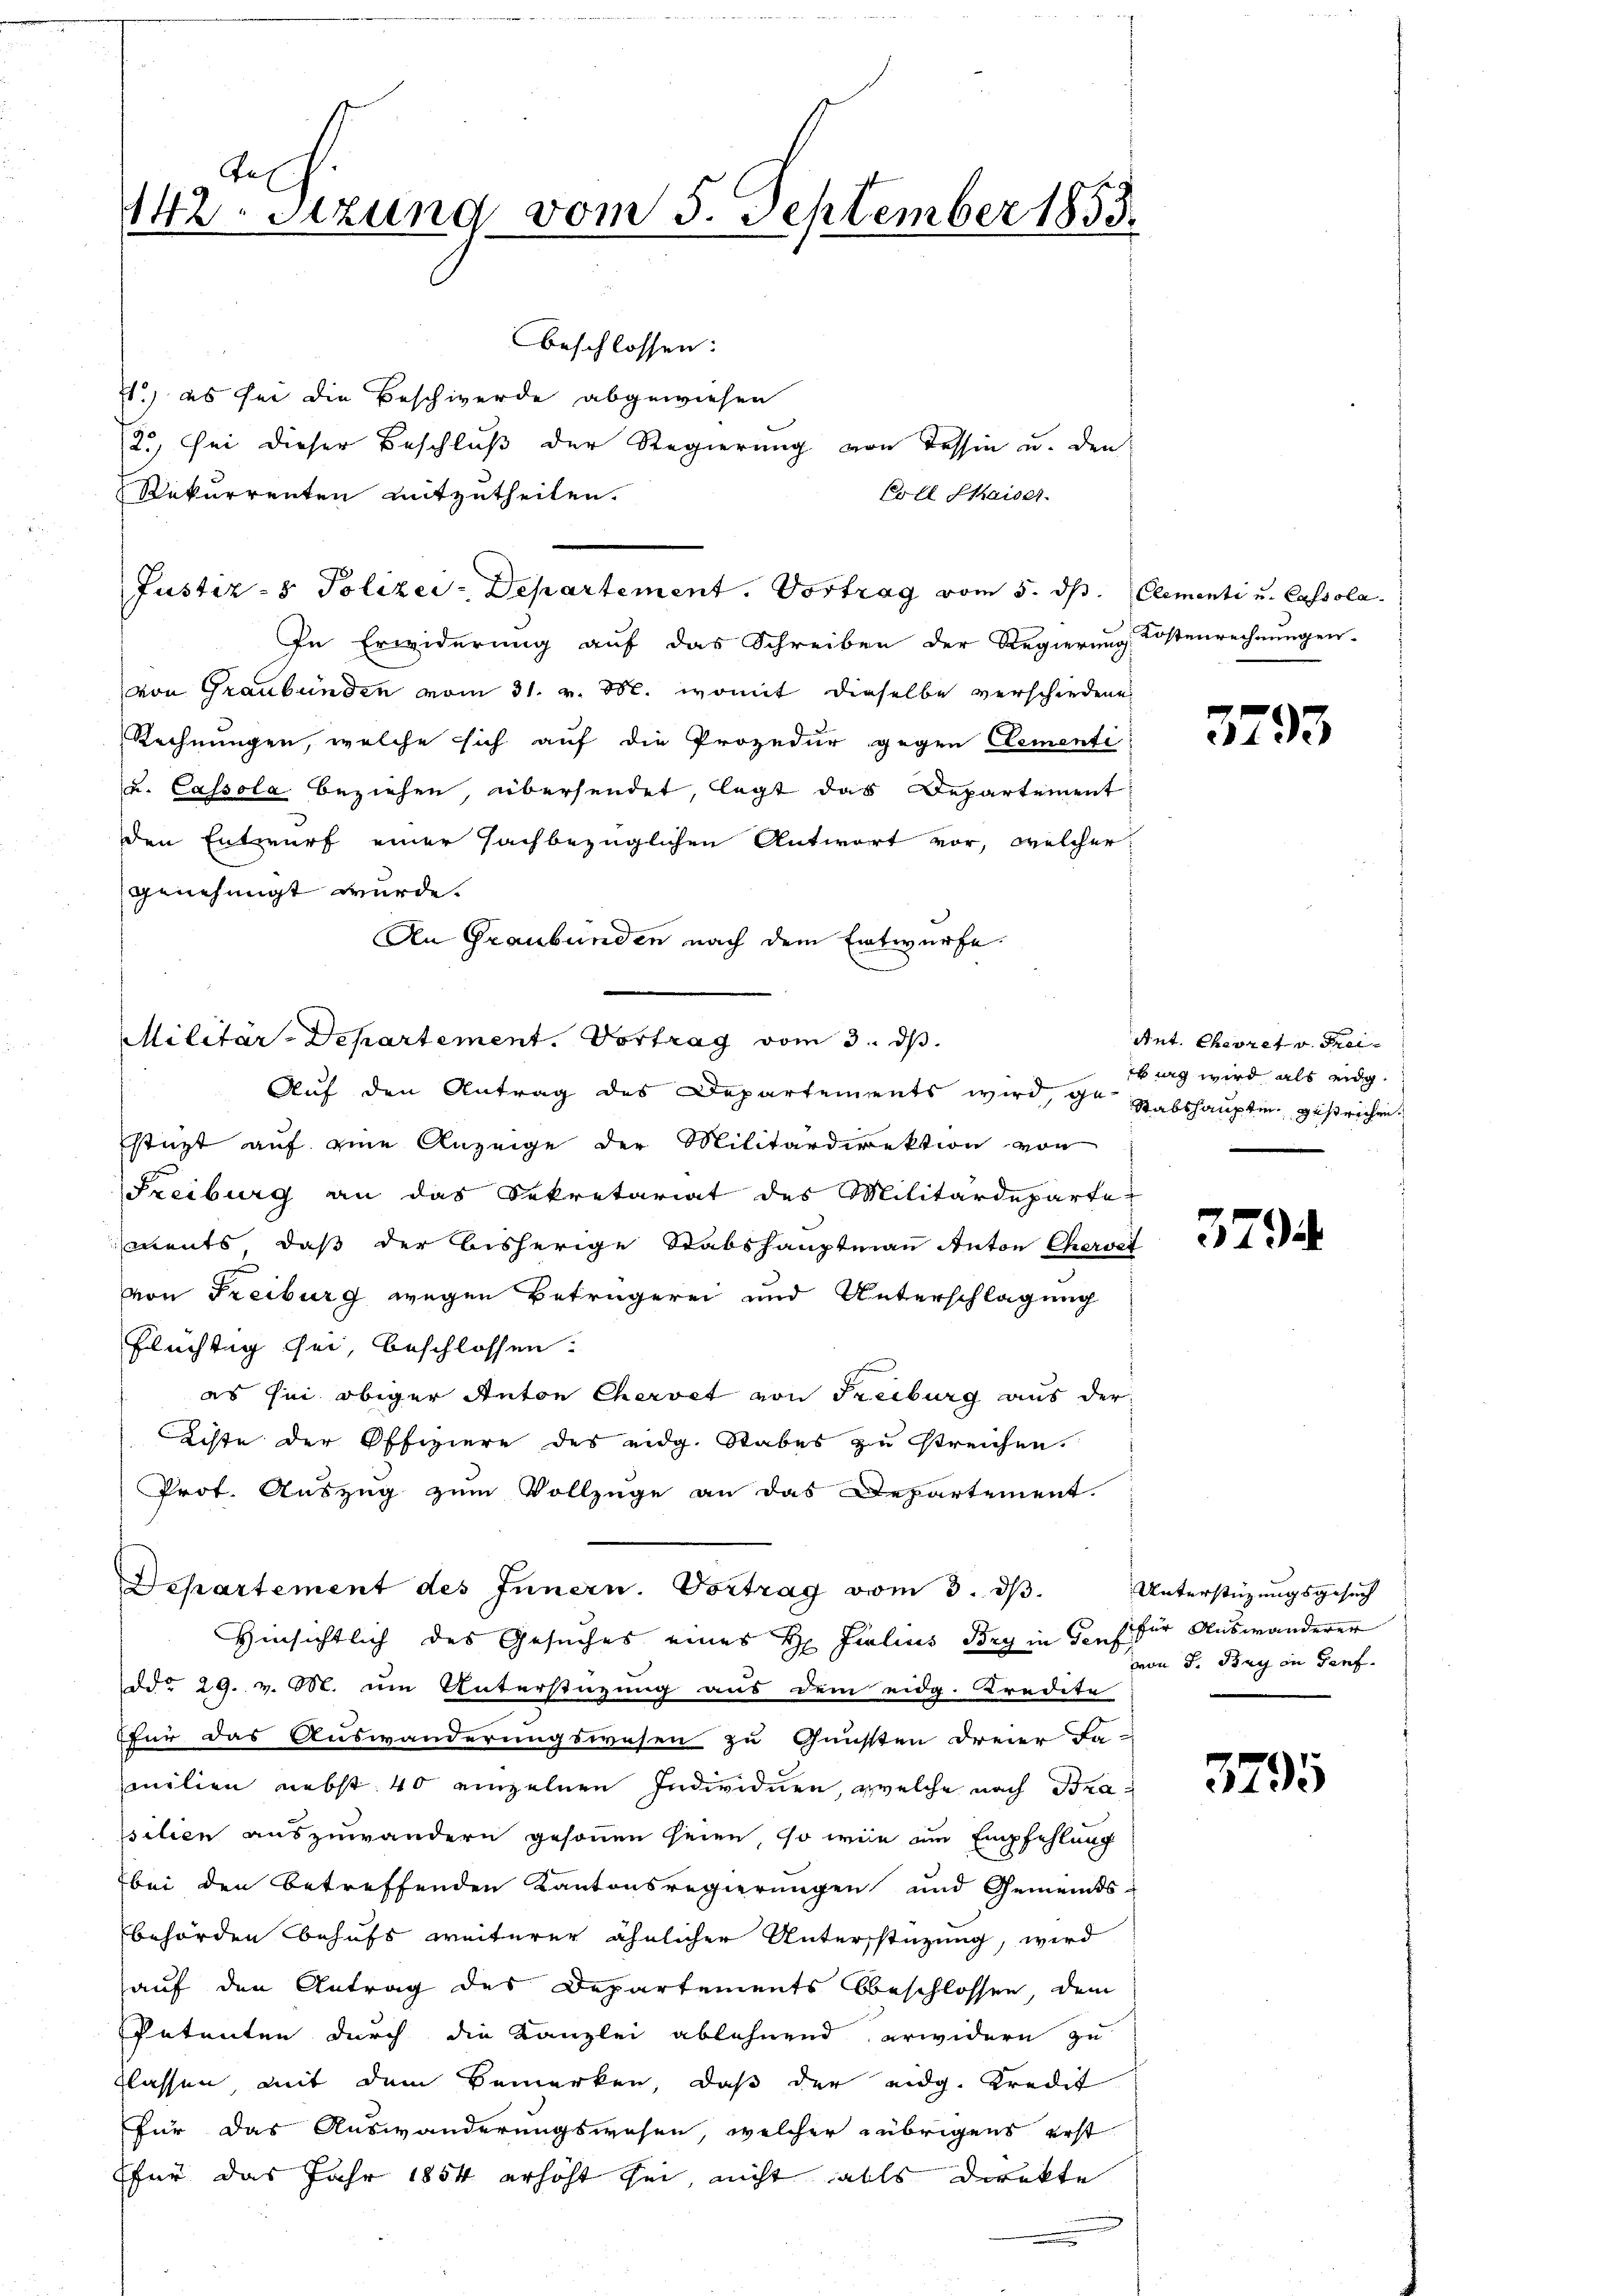
142. Sitzung vom 5. September 1855.

beschlossen:
) es sei die Beschwerde abgewiesen
2., sei dieser Beschluß der Regierung von Tessin u. den
Rekurrenten mitzutheilen.
In Erwiderung auf das Schreiben der Regierung
von Graubünden vom 31. v. M. womit dieselbe verschiedene
Rechnungen, welche sich auf die Prozedur gegen Cementi
u. Cassola beziehen, übersendet, legt das Departement
den Entwurf einer sachbezüglichen Antwort vor, welcher
genehmigt wurde.
An Graubünden nach dem Entwürfe.
Militar-Departement. Vortrag vom 3. ds.
Auf den Antrag des Departements wird, ge-
stüzt auf eine Anzeige der Militärdirektion von
Freiburg an das Sekretariat des Militärdeparte
mnents, daß der bisherige Stabshauptmann Anton Chervet
von Freiburg wegen Betrügerei und Unterschlagung
flüchtig sei, beschlossen:
es sei obiger Anton Chervet von Freiburg aus der
Achte der Offiziere des eidg. Stabes zu streichen.
Prot. Auszug zum Vollzüge an das Departement.
Departement des Innern. Vortrag vom 3. dβ.
Hinsichtlich des Gesuches eines Hr. Julius Bry in Genf für Auswanderer
ddo 29. v. M. um Unterstüzung aus dem eidg. Kredite
für das Auswanderungswesen zu Gunsten dreier Fa-
milien nebst 40 einzelnen Individuen, welche nach Bra
silien auszuwändern gesonnen seien, so wie am Empfehlung
bei den betreffenden Kantonsregierungen und Gemeinds-
behörden behufs weiterer ähnlicher Unterstüzung, wird
auf den Antrag des Departements beschlossen, dem
Petenten durch die Kanzlei ablehnend erwidern zu
flassen, mit dem Bemerken, daß der eidg. Kredit
für das Auswanderungswesen, welcher übrigens erst
für das Jahr 1854 erhöht sei, nicht alls direkte

Justiz- & Polizei-Departement. Vortrag vom 5. d. Clementi u. Cassola

Co lt. Maiser

Kostenrechnungen.

3793

Ant. Cheoret v. Freitag wird als eidg
Stabshauptm. gestrichen.

379

Unterstüzungsgesuch
von S. Bay in darf.

3795